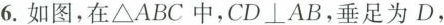
6.如图，在△ABC中，CD⊥AB，垂足为D，